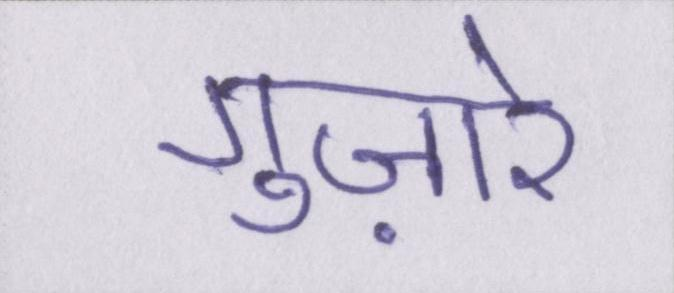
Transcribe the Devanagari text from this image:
गुज़ारे